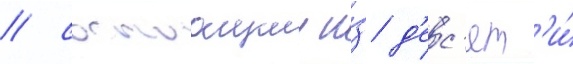
/ состоащии и́з д'ес'ят'и́